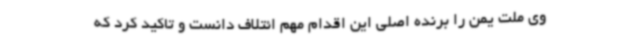
وی ملت یمن را برنده اصلی این اقدام مهم ائتلاف دانست و تاکید کرد که